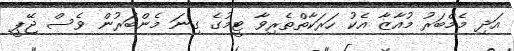
އަދި މެމްބަރު މުއާޒާ އެކު ހަރަކާތްތެރިވާ ޓީމުގެ ގިނަ މެންބަރުން ވެސް ޖޭޕީ